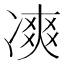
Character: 𠗾